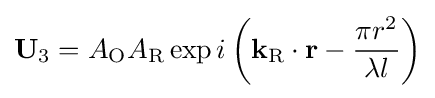
\mathbf {U} _{3}=A_{\text{O}}A_{\text{R}}\exp i\left(\mathbf {k_{\text{R}}} \cdot \mathbf {r} -{\frac {\pi r^{2}}{\lambda l}}\right)